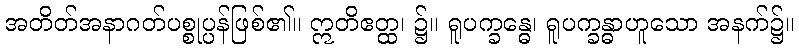
အတိတ်အနာဂတ်ပစ္စုပ္ပန်ဖြစ်၏။ ဣတိဧတ္ထ၊ ၌။ ရူပက္ခန္ဓေ၊ ရူပက္ခန္ဓာဟူသော အနက်၌။